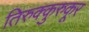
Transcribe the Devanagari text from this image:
तिरुक्कुरुकूर